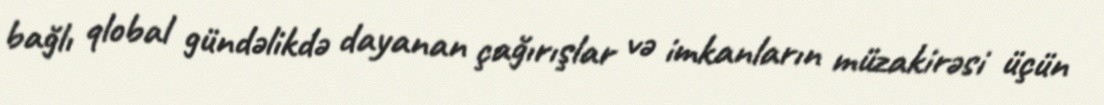
bağlı qlobal gündəlikdə dayanan çağırışlar və imkanların müzakirəsi üçün